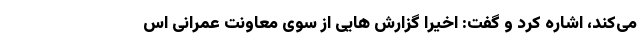
می‌کند، اشاره کرد و گفت: اخیرا گزارش هایی از سوی معاونت عمرانی اس